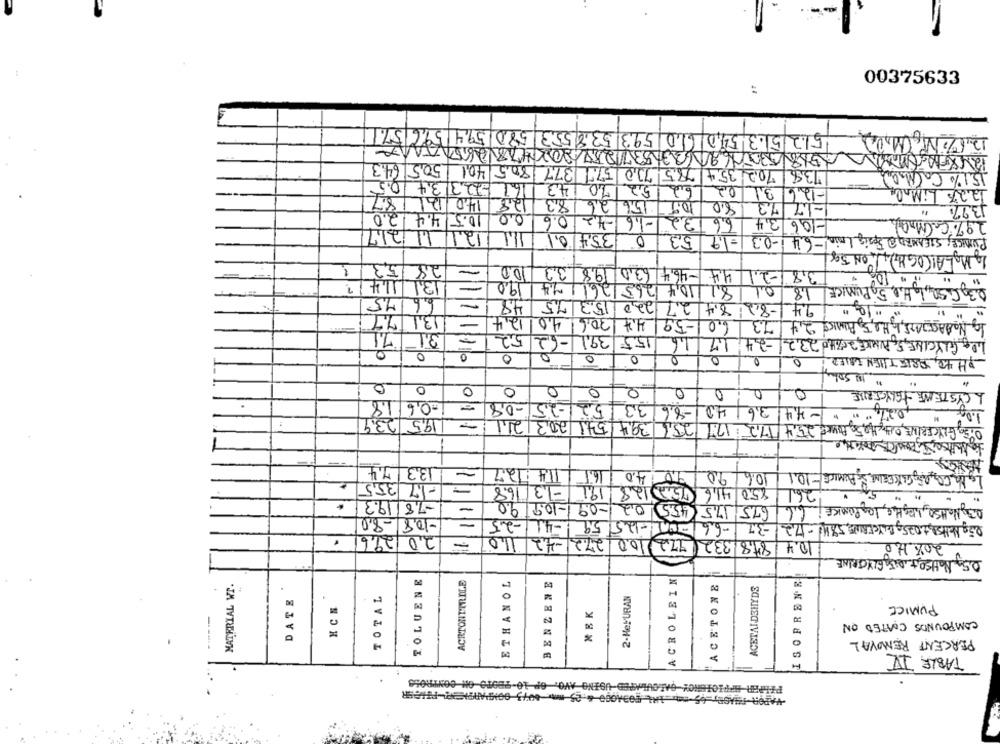
00375633
51.2 5 .3.54.0 6 ,0 593 538 553 580 5941596571
50,5 643
1377 1805 401
78.5 73,0 57.7
738 702 354
15.1% CaCM, D
67 -22313.4 0.5
14.3
20
3,2
8.7
12,8 140 121
6.2
22
3.1
-12.61
12.2% LiMale
183
156/26
10.9
8.0
7.3
-1.7
3.97
-1,6 -4,2 0.6 0.0 10.5 4.4 2.0
32
bie
3.4
106
2.9% C. Mylab
11.1 121 11 217
354/0.1
0
53
-0.3
Punice, STEAMED@ Spsig Imin1-64
9
Lg MALAI(OGHI), , ON 58
5.3
28
4.4 -46,4 63.0 98 33 100
3,81-2.1
100
131 14.4
=
81/104 265 2611 74 190
SQL, H.P.50 PUMICE
0.1
1,8
6.6 75
48
-82 84 27 220153 75
94
13177
12.4
4.4 306 4.0
1-591
BACIATE, 1, He, 5, PUMICE 2,4
60
73
7.1
3.1
5.2
155 391 -62
1.6
1.7
-24
GLYCINE, SC PUNKCE, 20%40 23,2
0
0
0
0
0
0
0
0
PH 40, ARE THEN FRIED
0
0
0
0
0
0
0
0
0
0
0
CYSTENE TELYSTERILE
:06/18
1-251-0,8
33 52
-8.6
- 4.4 3.6 40
0,27,""
195 23.9
-
39,4/541 203 211
256
0,5g GLYCERINE, OIth, HO,50 POUR$ 25,4/17,2 17H1
133 74
11.4:12.7
16.5
4.0
106/20190
Lg KG CO2OG GATDEINE SE PUMICE -10.1
-17 35.5
85.0 41,6 5 128 191 -1,3 16.8
26.1
-7,8 19.3
-
Og NoH50, Ingthe, logPanKe: 6,6 675 175 455 02 -09 -10.9 9.0
-10.8 -80
=
Dig NeHS8,4025, RYCERNE,5816-172 -37 -66 -04-125/59 -41 -25
20 296
-
8,8 332 772 00 272 -42 110
10.4
20% HO
0.5, NotSO,+ QUE, GLYCERINE
TOLUENE
ACRTONTTRILE
ACROLEIN
ISOFRENE
MATERIAL WI.
ETHANOL
BENZENE
ACETONE
ACETALDEHYDS
DATE
TOTAL
2-Hey'URAN
HCN
PUMICE
COMPOUNDS COATED ON
PERCENT REMOVAL
TABLE III
OP 10-9BOTO ON CONTROLS
-VAPOR-THAGE